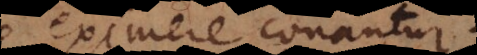
eximere conantur.